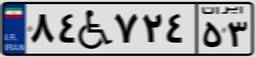
۵۲W۷۴۰۱۳